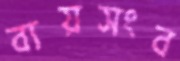
ব্যয়সংব